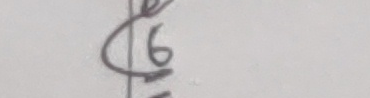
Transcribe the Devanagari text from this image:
६
१६